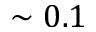
\sim 0 . 1